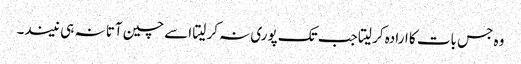
وہ جس بات کا ارادہ کر لیتا جب تک پوری نہ کر لیتا اسے چین آتا نہ ہی نیند۔